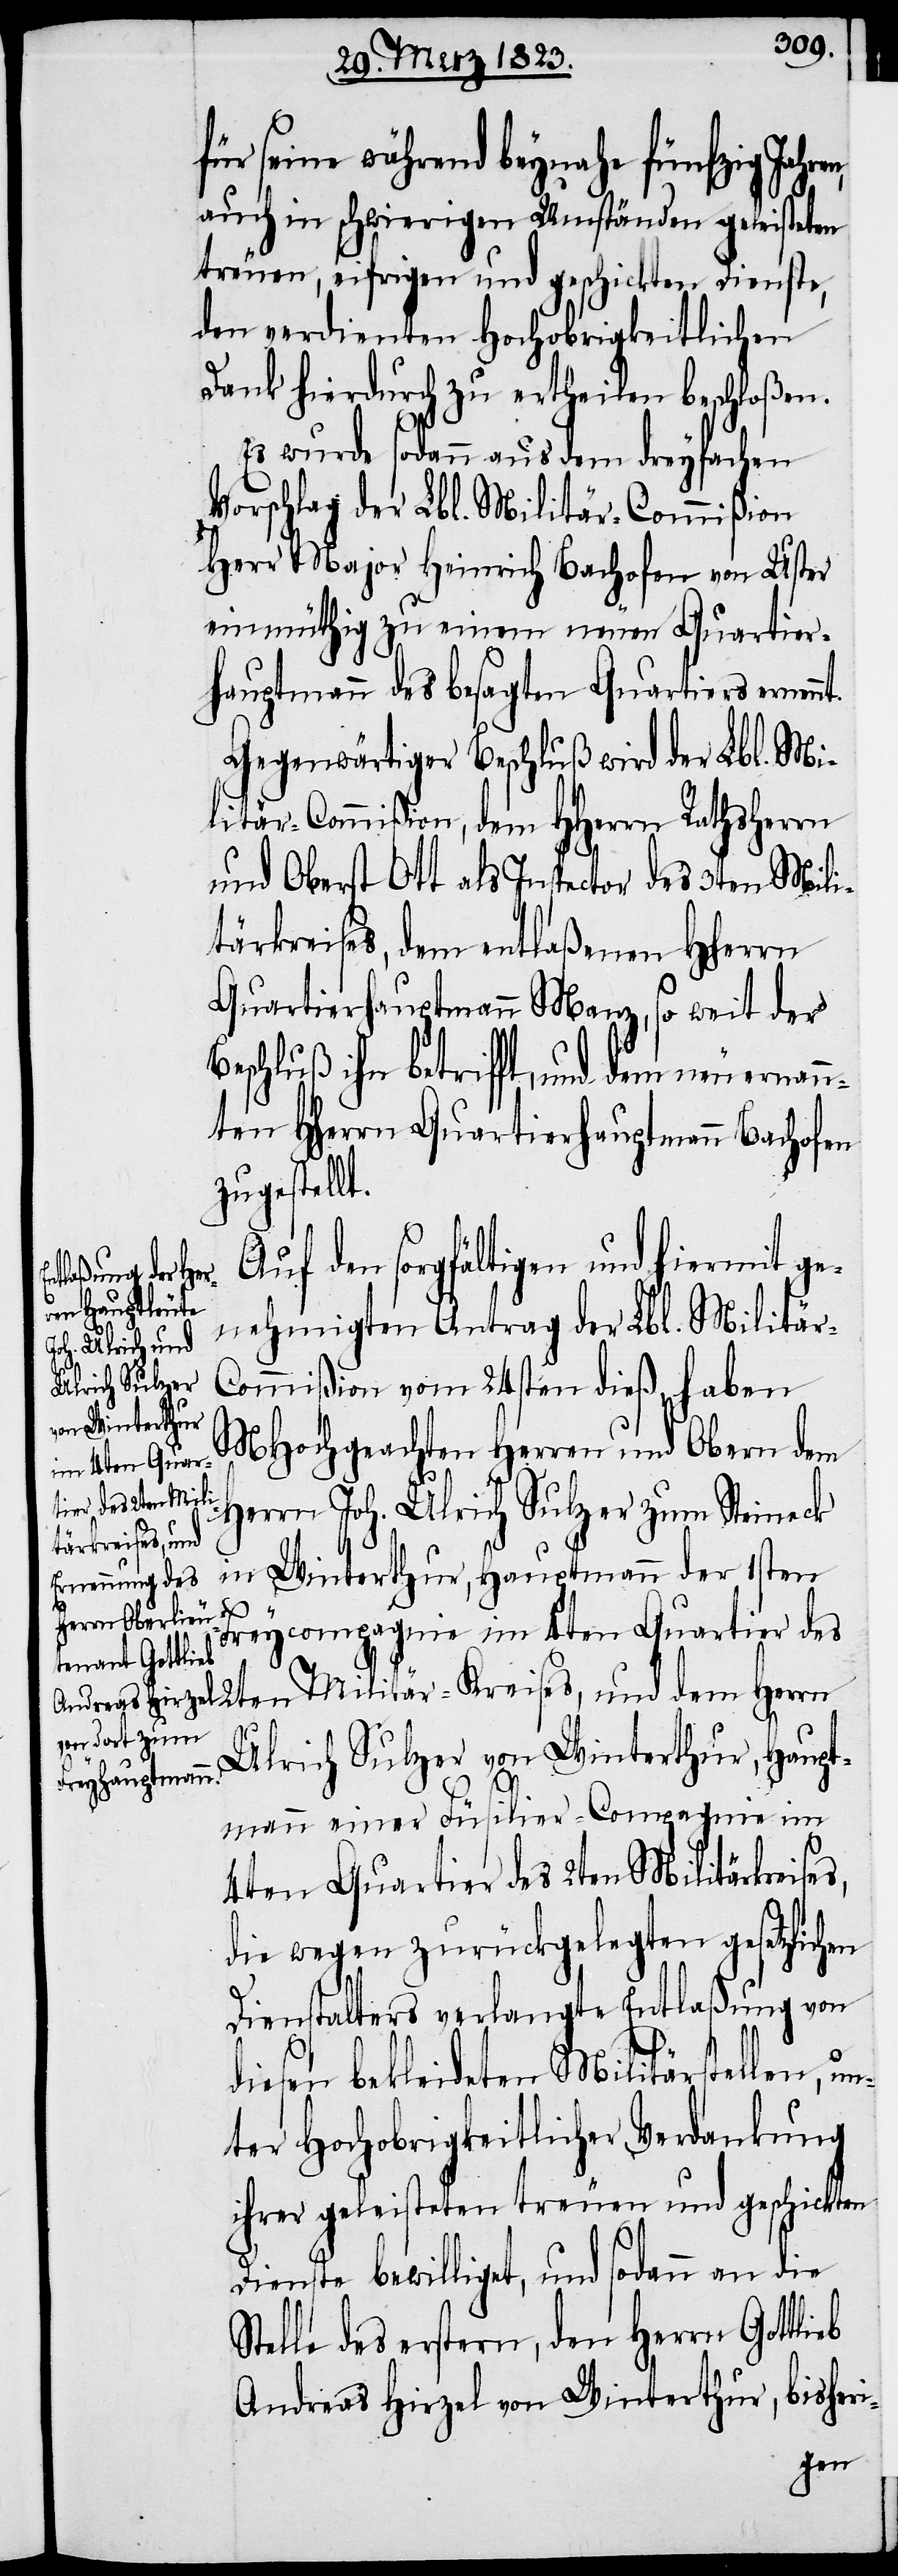
für seine während beynahe fünfzig Jahr¬
auch in schwierigen Umständen geleisteten
treuen, eifrigen und geschickten Dienste,
den verdienten Hochobrigkeitlichen
Dank hierdurch zu ertheilen beschloßen.
Es wurde sodann aus dem dreyfachen
Vorschlag der Lbl. Militär-Commißion
Herr Major Heinrich Bachofen von Uster
einmüthig zu einem neuen Quartier¬
hauptmann des besagten Quartiers ernen¬
Gegenwärtiger Beschluß wird der Lbl. Mi¬
litär-Commißion, dem HHerrn Rathsherrn
und Oberst Ott als Inspector des 3ten Mili¬
tärkreises, dem entlaßenen Hherrn
Quartierhauptmann Manz, so weit der
Beschluß ihn betrifft, und dem neu ernann¬
ten Hherrn Quartierhauptmann Bachofen
zugestellt.
Auf den sorgfältigen und hiermit ge¬
nehmigten Antrag der Lbl. Militär-C¬
ommißion vom 24sten dieß, haben
MHochgeachten Herren und Obern dem
Herrn Joh. Ulrich Sulzer zum Steineck
in Winterthur, Hauptmann der 1sten
nt.
Freycompagnie im 4ten Quartier des
2ten Militär-Kreises, und dem Herrn
Ulrich Sulzer von Winterthur, Haupt¬
eb
mann einer Füsilier-Compagnie im
4ten Quartier des 2ten Militärkreises,
die wegen zurückgelegten gesetzlichen
Dienstalters verlangte Entlaßung von
diesen bekleideten Militärstellen, un¬
ter Hochobrigkeitlicher Verdankung
ihrer geleisteten treuen und geschickten
Dienste bewilliget, und sodann an die
Stelle des erstern, den Herrn Gottli¬
Andreas Hirzel von Winterthur, bisheri-
en,